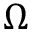
\Omega